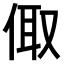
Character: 𠉧